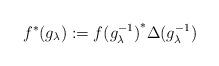
LaTeX: \begin{align*}f^\ast (g_\lambda):={f(g_\lambda^{-1})}^\ast\Delta(g_\lambda^{-1})\end{align*}